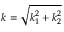
k = \sqrt { k _ { 1 } ^ { 2 } + k _ { 2 } ^ { 2 } }